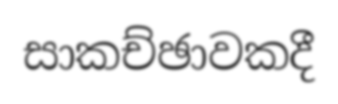
සාකච්ඡාවකදී